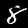
Digit: 8